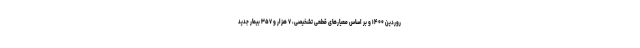
روردین ۱۴۰۰ و بر اساس معیارهای قطعی تشخیصی، ۷ هزار و ۳۵۷ بیمار جدید